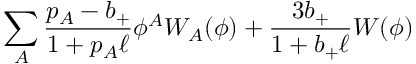
\sum _ { A } { \frac { p _ { A } - b _ { + } } { 1 + p _ { A } \ell } } \phi ^ { A } W _ { A } ( \phi ) + { \frac { 3 b _ { + } } { 1 + b _ { + } \ell } } W ( \phi )